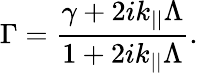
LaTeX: \Gamma=\frac{\gamma+2ik_{||}\Lambda}{1+2ik_{||}\Lambda}.